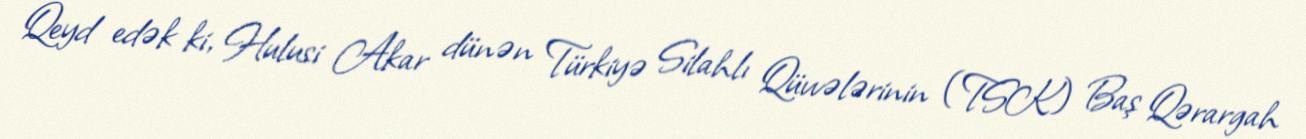
Qeyd edək ki, Hulusi Akar dünən Türkiyə Silahlı Qüvvələrinin (TSK) Baş Qərargah